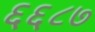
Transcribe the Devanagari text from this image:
६६८७